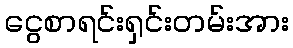
ငွေစာရင်းရှင်းတမ်းအား